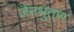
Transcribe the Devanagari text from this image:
जैनश्रुतांग